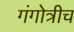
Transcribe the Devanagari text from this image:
गंगोत्रीच